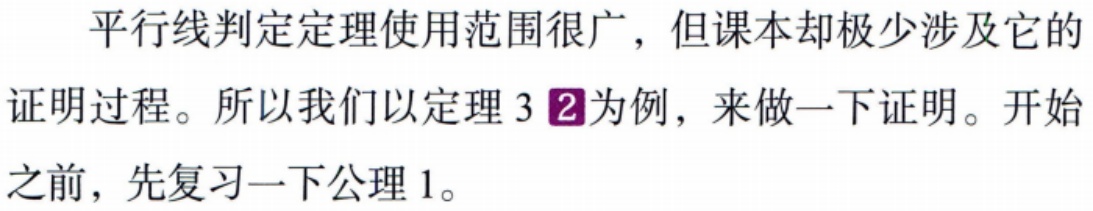
平行线判定定理使用范围很广，但课本却极少涉及它的
证明过程。所以我们以定理 3 \textcircled{2}为例，来做一下证明。开始
之前，先复习一下公理 1。